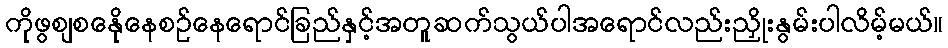
ကိုဖွစျစနေိုနေစဉ်နေရောင်ခြည်နှင့်အတူဆက်သွယ်ပါအရောင်လည်းညှိုးနွမ်းပါလိမ့်မယ်။